Language: tamil
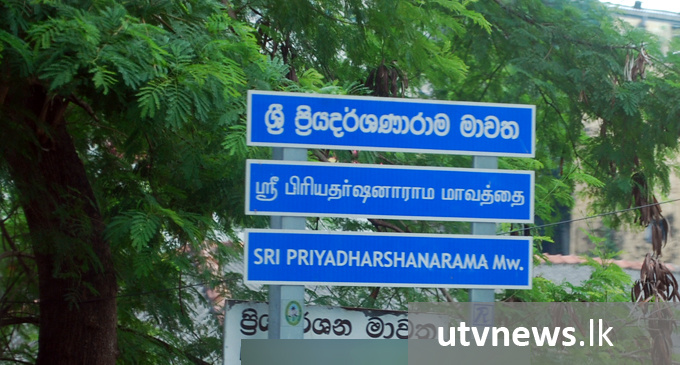
Transcription: பிரியதா்ஷனாராம மாவத்தை